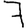
Digit: 7